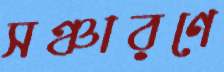
সঞ্চারণে